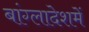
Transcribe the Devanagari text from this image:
बांग्लादेशमें